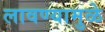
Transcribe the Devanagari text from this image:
लावण्यामुळे